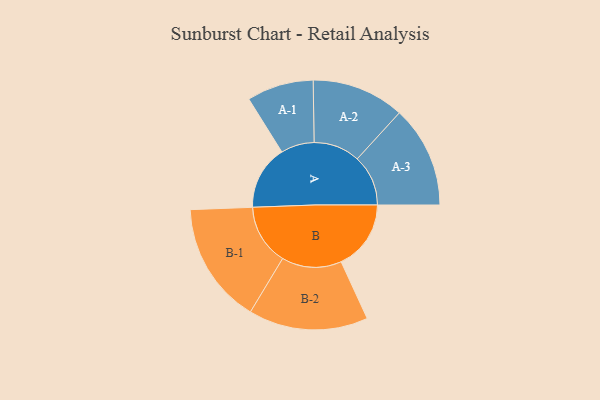
{"axis": {"x": "Segment", "y": "Value"}, "legend": ["", "A", "B"], "data": [{"x": "A", "y": 268, "type": ""}, {"x": "B", "y": 291, "type": ""}, {"x": "A-1", "y": 139, "type": "A"}, {"x": "A-2", "y": 193, "type": "A"}, {"x": "A-3", "y": 212, "type": "A"}, {"x": "B-1", "y": 253, "type": "B"}, {"x": "B-2", "y": 249, "type": "B"}]}